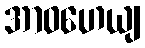
အာဝဟေယျ